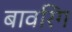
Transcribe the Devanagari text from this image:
बावरिंग